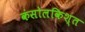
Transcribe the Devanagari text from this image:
कंसोलकिश्त